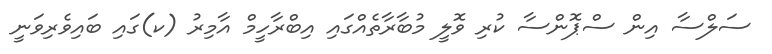
ސަލްސާ އިން ސްޕޮންސާ ކުރި ވޮލީ މުބާރާތެއްގައި އިބްރާހީމް އާމިރު (ކ)ގައި ބައިވެރިވަނީ